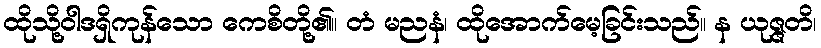
ထိုသို့ဝါဒရှိကုန်သော ကေစိတို့၏။ တံ မညနံ၊ ထိုအောက်မေ့ခြင်းသည်။ န ယုဇ္ဇတိ၊